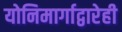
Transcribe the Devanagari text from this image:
योनिमार्गाद्वारेही